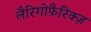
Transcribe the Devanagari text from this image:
लैरिंगोफ़ैरिंक्ज़